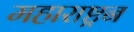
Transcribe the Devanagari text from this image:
महाराष्ट्रन